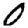
Digit: 0